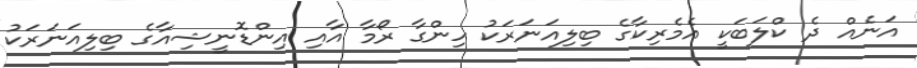
އަނެއް ދެ ކްލަބަކީ އެމެރިކާގެ ބިލިއަނަރަކު ހިންގާ ރޯމާ އާއި އިންޑޮނީޝިއާގެ ބިލިއަނަރަކު